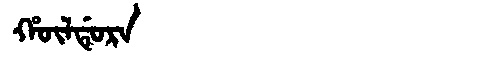
Manchu: ᡥᡡᠯᡩᡠᡵᠠ
Romanization: HŪLDURA